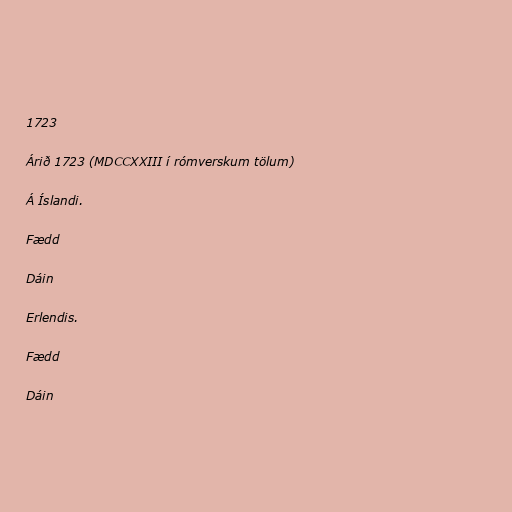
1723

Árið 1723 (MDCCXXIII í rómverskum tölum)

Á Íslandi.

Fædd

Dáin

Erlendis.

Fædd

Dáin